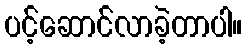
ပင့်ဆောင်လာခဲ့တာပါ။